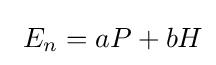
\ E_{n}=aP+bH